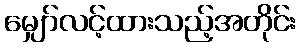
မျှော်လင့်ထားသည့်အတိုင်း